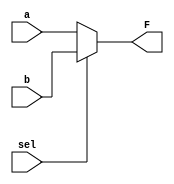
module MUX64 (input [63:0]a, b, 
            input sel, 
            output wire [63:0] F);
    assign F = ~sel? a:b;
    endmodule